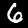
Digit: 6